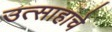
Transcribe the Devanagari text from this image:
उत्‍साहाचे